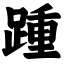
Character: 踵